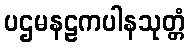
ပဌမနဠကပါနသုတ္တံ